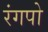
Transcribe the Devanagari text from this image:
रंगपो